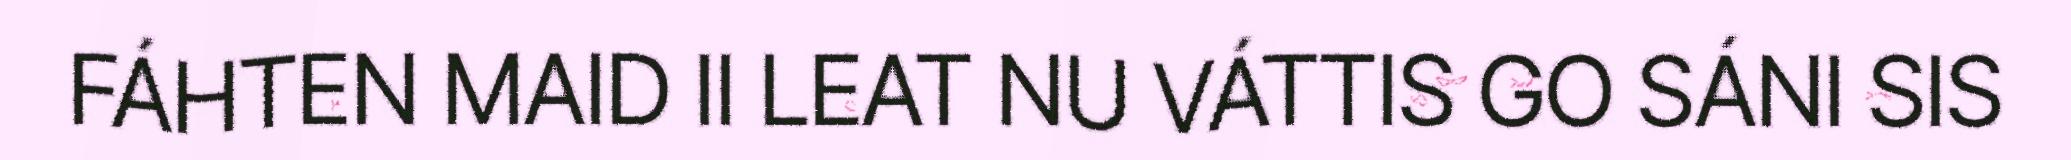
FÁHTEN MAID II LEAT NU VÁTTIS GO SÁNI SIS